Vaccination in Bombay 1863-1868 - 1863-1868
Year: 1863
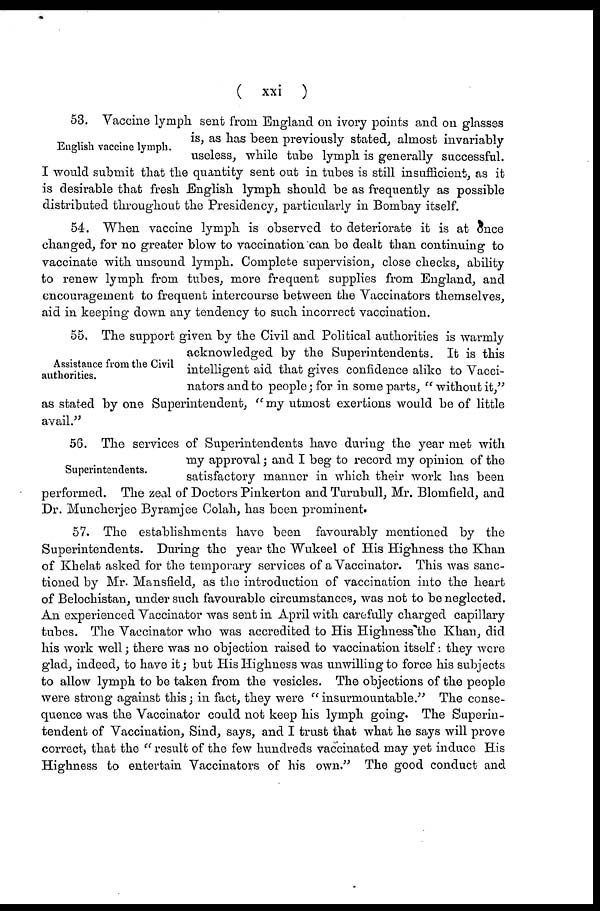
( xxi )
English vaccine lymph.
53. Vaccine lymph sent from England on ivory points and on glasses
is, as has been previously stated, almost invariably
useless, while tube lymph is generally successful.
I would submit that the quantity sent out in tubes is still insufficient, as it
is desirable that fresh English lymph should be as frequently as possible
distributed throughout the Presidency, particularly in Bombay itself.
54. When vaccine lymph is observed to deteriorate it is at once
changed, for no greater blow to vaccination can be dealt than continuing to
vaccinate with unsound lymph. Complete supervision, close checks, ability
to renew lymph from tubes, more frequent supplies from England, and
encouragement to frequent intercourse between the Vaccinators themselves,
aid in keeping down any tendency to such incorrect vaccination.
Assistance from the Civil
authorities.
55. The support given by the Civil and Political authorities is warmly
acknowledged by the Superintendents. It is this
intelligent aid that gives confidence alike to Vacci-
nators and to people; for in some parts, " without it,"
as stated by one Superintendent, " my utmost exertions would be of little
avail."
Superintendents.
56. The services of Superintendents have during the year met with
my approval ; and I beg to record my opinion of the
satisfactory manner in which their work has been
performed. The zeal of Doctors Pinkerton and Turnbull, Mr. Blomfield, and
Dr. Muncherjec Byramjee Colah, has been prominent.
57. The establishments have been favourably mentioned by the
Superintendents. During the year the Wukeel of His Highness the Khan
of Khelat asked for the temporary services of a Vaccinator. This was sanc-
tioned by Mr. Mansfield, as the introduction of vaccination into the heart
of Belochistan, under such favourable circumstances, was not to be neglected.
An experienced Vaccinator was sent in April with carefully charged capillary
tubes. The Vaccinator who was accredited to His Highness the Khan, did
his work well ; there was no objection raised to vaccination itself: they were
glad, indeed, to have it; but His Highness was unwilling to force his subjects
to allow lymph to be taken from the vesicles. The objections of the people
were strong against this; in fact, they were " insurmountable." The conse-
quence was the Vaccinator could not keep his lymph going. The Superin-
tendent of Vaccination, Sind, says, and I trust that what he says will prove
correct, that the " result of the few hundreds vaccinated may yet induce His
Highness to entertain Vaccinators of his own." The good conduct and